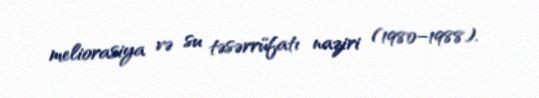
meliorasiya və su təsərrüfatı naziri (1980–1988).